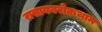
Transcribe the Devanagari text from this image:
रासायनरोकथाम